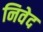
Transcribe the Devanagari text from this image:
निवेद